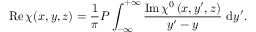
\operatorname { R e } \chi ( x , y , z ) = \frac { 1 } { \pi } P \int _ { - \infty } ^ { + \infty } \frac { \operatorname { I m } \chi ^ { 0 } \left( x , y ^ { \prime } , z \right) } { y ^ { \prime } - y } \mathrm { ~ d } y ^ { \prime } .